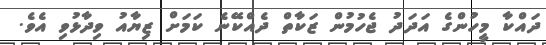
ދައްކާ މީހުންގެ އަދަދު ޖެހުމުން ޒަކާތް ދެއްކޭނެ ކަަމަށް ޒިޔާއު ވިދާޅުވި އެވެ.